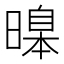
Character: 𣊊